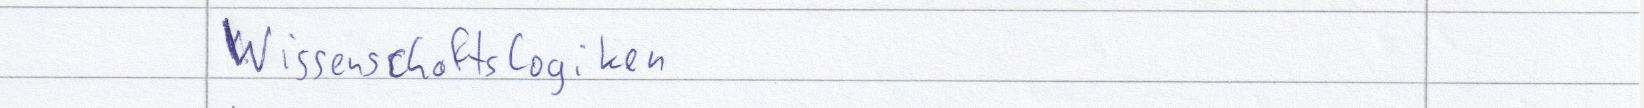
Wissenschaftslogiken